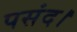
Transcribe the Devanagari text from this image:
पसंद।